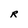
Character: R